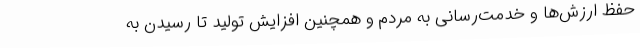
حفظ ارزش‌ها و خدمت‌رسانی به مردم و همچنین افزایش تولید تا رسیدن به